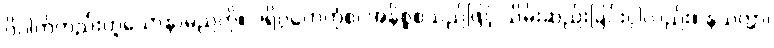
ဝိပါက်တည်းဟူသောနာမည်ကို။ ပရိဂ္ဂဟေတုံစ၊ အနိစ္စစသည်ဖြင့် သိမ်းဆည်းခြင်းငှါလည်း။ နသက္ကာ၊